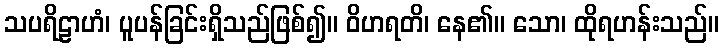
သပရိဠာဟံ၊ ပူပန်ခြင်းရှိသည်ဖြစ်၍။ ဝိဟရတိ၊ နေ၏။ သော၊ ထိုရဟန်းသည်။